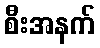
စီးအနက်